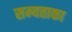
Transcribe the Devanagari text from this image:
सम्यताका